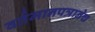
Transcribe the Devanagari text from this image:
वर्तमानपत्रानेच